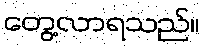
တွေ့လာရသည်။